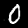
Label: 0